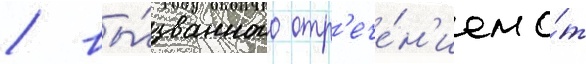
/ вы́званного отр'ече́н'ием о́т